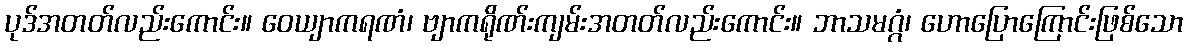
ပုဒ်အတတ်လည်းကောင်း။ ဝေယျာကရဏံ၊ ဗျာကရိုဏ်းကျမ်းအတတ်လည်းကောင်း။ ဘာသမဂ္ဂံ၊ ဟောပြောကြောင်းဖြစ်သော